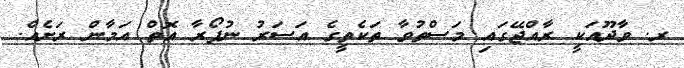
ރ. ވާދޫއަކީ ރާއްޖޭގައި މަސްތުވާ ތަކެތީގެ އަސަރު ނުފޯރާ އޮތް އަމާން ރަށެއް.